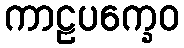
ကာဠပက္ခေဝ